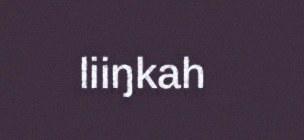
liiŋkah